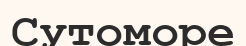
Сутоморе